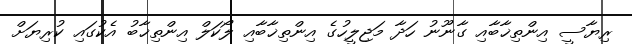
ރިޔާސީ އިންތިޚާބާއި ގާނޫނު ހަދާ މަޖިލީހުގެ އިންތިޚާބާއި ލޯކަލް އިންތިޚާބު އެކުގައި ކުރިޔަށް